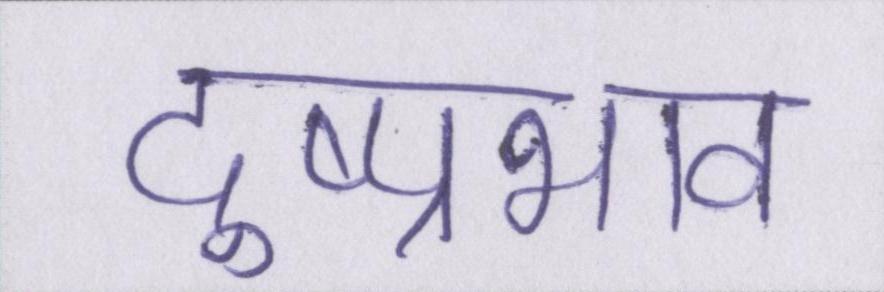
दुष्प्रभाव